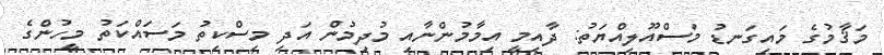
މަޤާމުގެ މައިގަނޑު މަސްއޫލިއްޔަތު: ދާއިމީ އިމާމުންނާއި މުދިމުން އަދި މިސްކިތު މަސައްކަތު މީހުންގެ